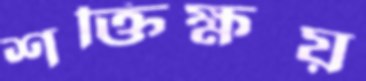
শক্তিক্ষয়